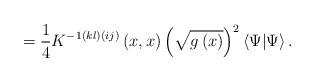
LaTeX: \begin{align*}=\frac 14K^{-1\left( kl\right) \left( ij\right) }\left( x,x\right) \left( \sqrt{g\left( x\right) }\right) ^2\left\langle \Psi |\Psi \right\rangle .\end{align*}